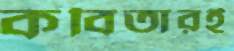
কবিতারই